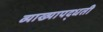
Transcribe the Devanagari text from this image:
व्याख्यापद्धती